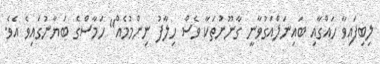
ލިބިފައިވާ ހައްގާއި ބައިނަލްއަގުވާނީ ގާނޫނުތަކާ ވެސް ހިލާފު ނިންމުމެއް" ހަމާސްގެ ބަޔާނުގައިވެ އެވެ.